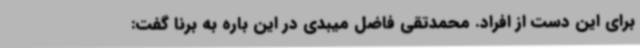
برای این دست از افراد. محمدتقی فاضل میبدی در این باره به برنا گفت: